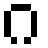
ဂ